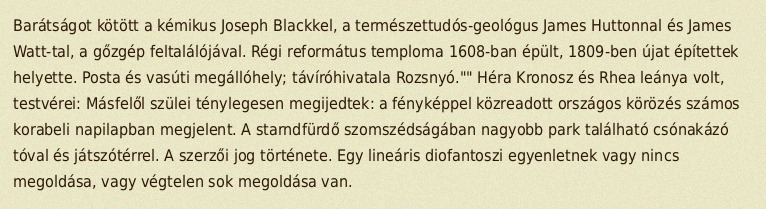
Barátságot kötött a kémikus Joseph Blackkel, a természettudós-geológus James Huttonnal és James Watt-tal, a gőzgép feltalálójával. Régi református temploma 1608-ban épült, 1809-ben újat építettek helyette. Posta és vasúti megállóhely; távíróhivatala Rozsnyó."" Héra Kronosz és Rhea leánya volt, testvérei: Másfelől szülei ténylegesen megijedtek: a fényképpel közreadott országos körözés számos korabeli napilapban megjelent. A starndfürdő szomszédságában nagyobb park található csónakázó tóval és játszótérrel. A szerzői jog története. Egy lineáris diofantoszi egyenletnek vagy nincs megoldása, vagy végtelen sok megoldása van.